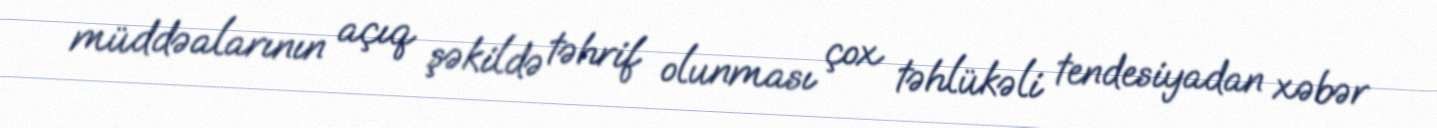
müddəalarının açıq şəkildə təhrif olunması çox təhlükəli tendesiyadan xəbər